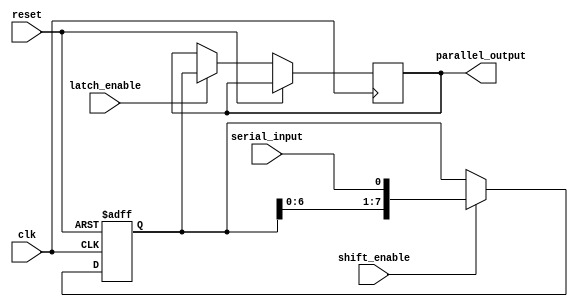
module serial_parallel_register(
  input clk,
  input reset,
  input serial_input,
  input shift_enable,
  input latch_enable,
  output reg [7:0] parallel_output
);

reg [7:0] reg_data;

always @(posedge clk or posedge reset) begin
  if (reset) begin
    reg_data <= 8'b0;
  end else begin
    if (shift_enable) begin
      reg_data <= {reg_data[6:0], serial_input};
    end
    if (latch_enable) begin
      parallel_output <= reg_data;
    end
  end
end

endmodule